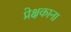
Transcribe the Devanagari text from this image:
प्रेक्षकाना